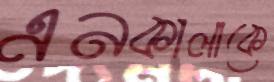
এনকালাকে